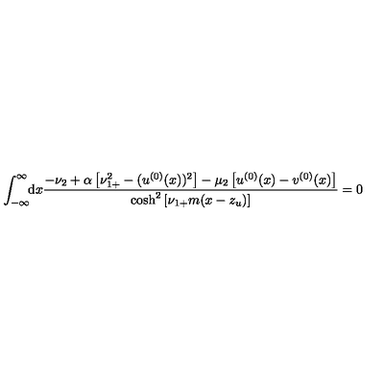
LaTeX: \int _ { - \infty } ^ { \infty } \! \! \mathrm { d } x \frac { - \nu _ { 2 } + \alpha \left[ \nu _ { 1 + } ^ { 2 } - ( u ^ { ( 0 ) } ( x ) ) ^ { 2 } \right] - \mu _ { 2 } \left[ u ^ { ( 0 ) } ( x ) - v ^ { ( 0 ) } ( x ) \right] } { \cosh ^ { 2 } \left[ \nu _ { 1 + } m ( x - z _ { u } ) \right] } = 0